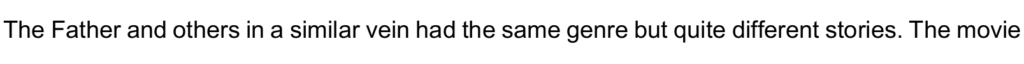
The Father and others in a similar vein had the same genre but quite different stories. The movie